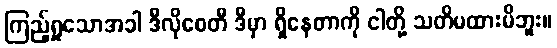
ကြည့်ရှုသောအခါ ဒီလိုစေတီ ဒီမှာ ရှိနေတာကို ငါတို့ သတိမထားမိဘူး။